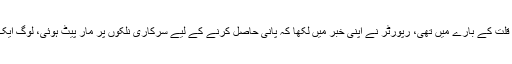
خبرکورنگی میں پانی کی شدید قلت کے بارے میں تھی، رپورٹر نے اپنی خبر میں لکھا کہ پانی حاصل کرنے کے لیے سرکاری نلکوں پر مار پیٹ ہوئی، لوگ ایک دوسرے کو بھنبھوڑنے لگے۔